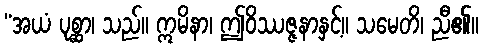
“အယံ ပုစ္ဆာ၊ သည်။ ဣမိနာ၊ ဤဝိဿဇ္ဇနာနှင့်။ သမေတိ၊ ညီ၏။